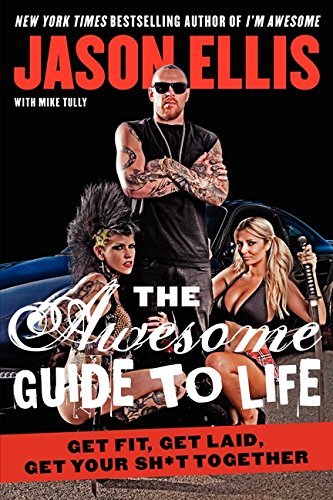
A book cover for The Awesome Guide to Life: Get Fit, Get Laid, Get Your Sh*t Together; Jason Ellis; Humor & Entertainment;